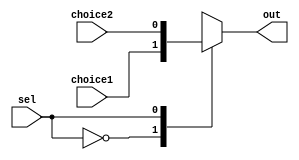
module mux2to1_1bit(choice1, choice2, out, sel);
	input choice1, choice2, sel;
	output reg out;
	
	always @(*)begin
		case(sel)
		0: out = choice1;
		1: out = choice2;
		endcase
	end
endmodule